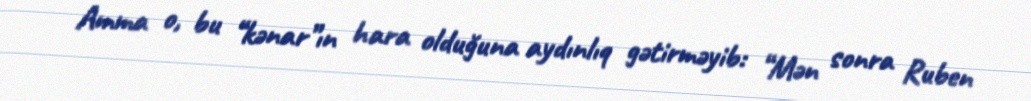
Amma o, bu “kənar”ın hara olduğuna aydınlıq gətirməyib: “Mən sonra Ruben